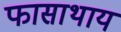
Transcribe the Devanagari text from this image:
फासाथाय